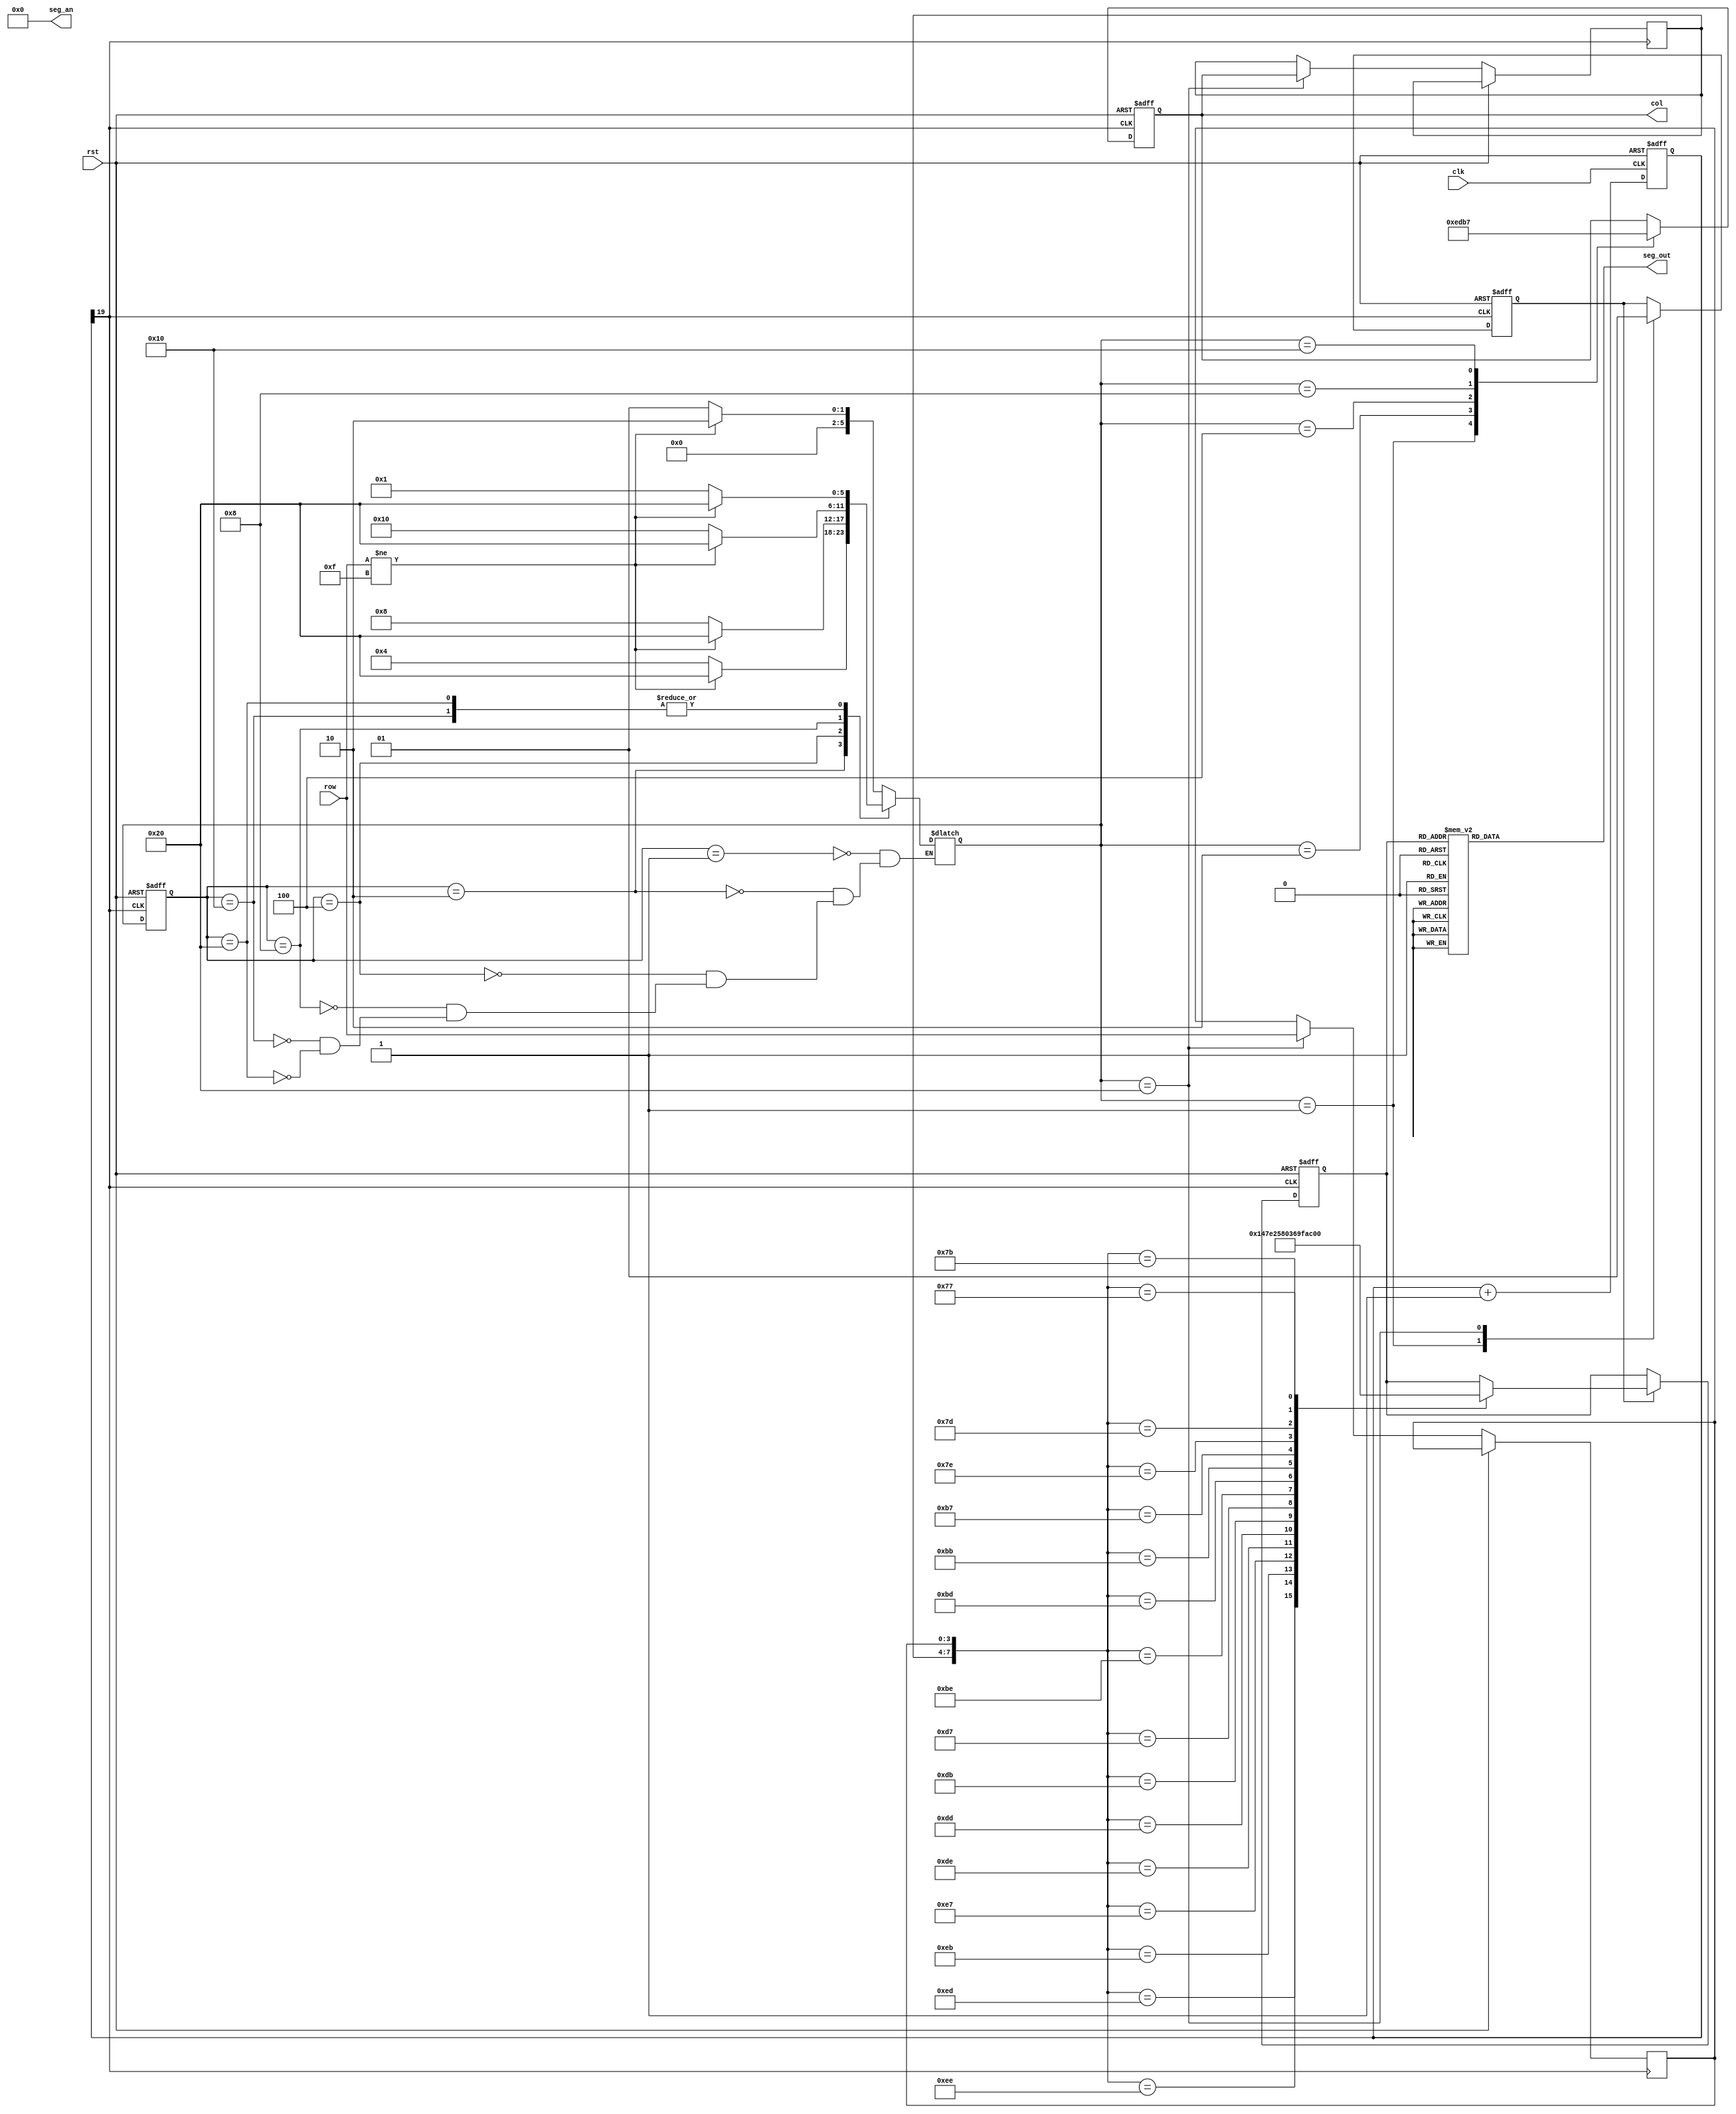
`timescale 1ns / 1ps
//////////////////////////////////////////////////////////////////////////////////
// Company: 
// Engineer: 
// 
// Design Name: 
// Module Name: key_top
// Project Name: 
// Target Devices: 
// Tool Versions: 
// Description: 
// 
// Dependencies: 
// 
// Revision:
// Revision 0.01 - File Created
// Additional Comments:
// 
//////////////////////////////////////////////////////////////////////////////////


module key_top(
  input           clk,
  input           rst,
  input      [3:0] row,                 //  
  output reg [3:0] col,                 //  
  output     [7:0] seg_an,
//  output reg [7:0] seg_out   
output  reg [7:0] seg_out   
);
 
//++++++++++++++++++++++++++++++++++++++
//  
//++++++++++++++++++++++++++++++++++++++
reg [19:0] cnt;                         // 
wire key_clk;
 
always @ (posedge clk or posedge rst)
  if (rst)
    cnt <= 0;
  else
    cnt <= cnt + 1'b1;
    
assign key_clk = cnt[19];                // (2^20/50M = 21)ms <- 100M?
//--------------------------------------
//  
//--------------------------------------
 
//++++++++++++++++++++++++++++++++++++++
//  
//++++++++++++++++++++++++++++++++++++++
// 
parameter NO_KEY_PRESSED = 6'b000_001;  //   
parameter SCAN_COL0      = 6'b000_010;  // 0 
parameter SCAN_COL1      = 6'b000_100;  // 1 
parameter SCAN_COL2      = 6'b001_000;  // 2 
parameter SCAN_COL3      = 6'b010_000;  // 3 
parameter KEY_PRESSED    = 6'b100_000;  // 

reg [5:0] current_state, next_state;    // 
 
always @ (posedge key_clk or posedge rst)
  if (rst)
    current_state <= NO_KEY_PRESSED;
  else
    current_state <= next_state;
 
// 
always @ (*)
  case (current_state)
    NO_KEY_PRESSED :                    // 
        if (row != 4'hF)
          next_state = SCAN_COL0;
        else
          next_state = NO_KEY_PRESSED;
    SCAN_COL0 :                         // 0 
        if (row != 4'hF)
          next_state = KEY_PRESSED;
        else
          next_state = SCAN_COL1;
    SCAN_COL1 :                         // 1 
        if (row != 4'hF)
          next_state = KEY_PRESSED;
        else
          next_state = SCAN_COL2;    
    SCAN_COL2 :                         // 2
        if (row != 4'hF)
          next_state = KEY_PRESSED;
        else
          next_state = SCAN_COL3;
    SCAN_COL3 :                         // 3
        if (row != 4'hF)
          next_state = KEY_PRESSED;
        else
          next_state = NO_KEY_PRESSED;
    KEY_PRESSED :                       // 
        if (row != 4'hF)
          next_state = KEY_PRESSED;
        else
          next_state = NO_KEY_PRESSED;                      
  endcase
 
reg       key_pressed_flag;             // 
reg [3:0] col_val, row_val;             // 
 
// 
always @ (posedge key_clk or posedge rst)
  if (rst)
  begin
    col              <= 4'h0;
    key_pressed_flag <=    0;
  end
  else
    case (next_state)
      NO_KEY_PRESSED :                  // 
      begin
        col              <= 4'h0;
        key_pressed_flag <=    0;       // 
      end
      SCAN_COL0 :                       // 0
        col <= 4'b1110;
      SCAN_COL1 :                       // 1
        col <= 4'b1101;
      SCAN_COL2 :                       // 2
        col <= 4'b1011;
      SCAN_COL3 :                       // 3
        col <= 4'b0111;
      KEY_PRESSED :                     // 
      begin
        col_val          <= col;        // 
        row_val          <= row;        // 
        key_pressed_flag <= 1;          //   
      end
    endcase
//--------------------------------------
//  
//--------------------------------------
 
 
//++++++++++++++++++++++++++++++++++++++
//  
//++++++++++++++++++++++++++++++++++++++
reg [3:0] keyboard_val;
always @ (posedge key_clk or posedge rst)
  if (rst)
    keyboard_val <= 4'h0;
  else
    if (key_pressed_flag)
      case ({col_val, row_val})
        8'b1110_1110 : keyboard_val <= 4'h1;
        8'b1110_1101 : keyboard_val <= 4'h4;
        8'b1110_1011 : keyboard_val <= 4'h7;
        8'b1110_0111 : keyboard_val <= 4'hE;
         
        8'b1101_1110 : keyboard_val <= 4'h2;
        8'b1101_1101 : keyboard_val <= 4'h5;
        8'b1101_1011 : keyboard_val <= 4'h8;
        8'b1101_0111 : keyboard_val <= 4'h0;
         
        8'b1011_1110 : keyboard_val <= 4'h3;
        8'b1011_1101 : keyboard_val <= 4'h6;
        8'b1011_1011 : keyboard_val <= 4'h9;
        8'b1011_0111 : keyboard_val <= 4'hF;
         
        8'b0111_1110 : keyboard_val <= 4'hA; 
        8'b0111_1101 : keyboard_val <= 4'hB;
        8'b0111_1011 : keyboard_val <= 4'hC;
        8'b0111_0111 : keyboard_val <= 4'hD;        
      endcase
//--------------------------------------
//   
//--------------------------------------

//--------------------------------------
//  
//--------------------------------------
assign seg_an = ~8'b11111111;
always @ (keyboard_val)
     begin 
     case (keyboard_val)
         4'h0: seg_out = 8'b01000000; // 0
         4'h1: seg_out = 8'b01111001; // 1
         4'h2: seg_out = 8'b00100100; // 2
         4'h3: seg_out = 8'b00110000; // 3
         4'h4: seg_out = 8'b00011001; // 4
         4'h5: seg_out = 8'b00010010; // 5
         4'h6: seg_out = 8'b00000010; // 6
         4'h7: seg_out = 8'b01111000; // 7
         4'h8: seg_out = 8'b00000000; // 8
         4'h9: seg_out = 8'b00010000; // 9
         4'ha: seg_out = 8'b00001000; // A
         4'hb: seg_out = 8'b00000011; // b
         4'hc: seg_out = 8'b01000110; // c
         4'hd: seg_out = 8'b00100001; // d
         4'he: seg_out = 8'b00000110; // E
         4'hf: seg_out = 8'b00001110; // F
         default: seg_out = 8'b0000000;
     endcase
     end    
//     vio_0 your_instance_name (
//  .clk(clk),                // input wire clk
//  .probe_out0(seg_out)  // output wire [7 : 0] probe_out0
//);
endmodule